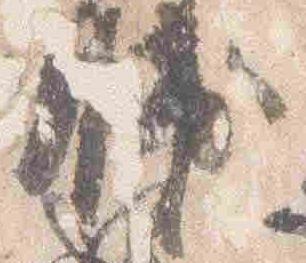
輔